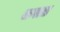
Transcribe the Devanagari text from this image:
रामात